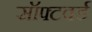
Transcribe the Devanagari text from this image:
सॉफ्टवर्ड